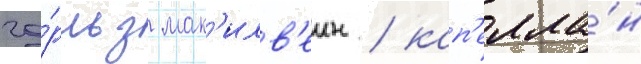
ча́рльз мак'илв'еин / кап'елла́н